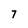
Character: 7